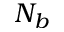
N _ { b }